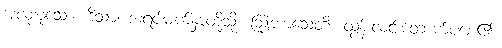
အလုံးစုံသော။ ဒိသာ၊ အရပ်မျက်နှာတို့သို့။ ဩဘာသေတိ၊ ထွန်းလင်းတောက်ပစေ၏။